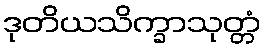
ဒုတိယသိက္ခာသုတ္တံ